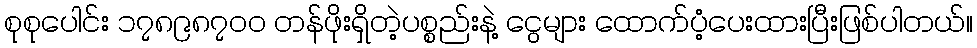
စုစုပေါင်း ၁၇၈၉၈၇၀၀ တန်ဖိုးရှိတဲ့ပစ္စည်းနဲ့ ငွေများ ထောက်ပံ့ပေးထားပြီးဖြစ်ပါတယ်။